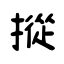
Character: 摐